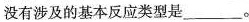
没有涉及的基本反应类型是____。